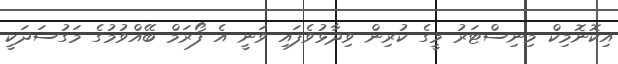
އިކޮނޮމިކް މިނިސްޓަރު މީގެ ކުރިން ވިދާޅުވެފައި ވަނީ އެ ފޯރަމް ބޭއްވުމުގެ މަގުސަދަކީ